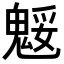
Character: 𩳕